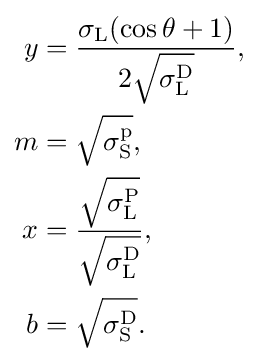
{\begin{aligned}y&={\frac {\sigma _{\text{L}}(\cos \theta +1)}{2{\sqrt {\sigma _{\text{L}}^{\text{D}}}}}},\\m&={\sqrt {\sigma _{\text{S}}^{\text{p}}}},\\x&={\frac {\sqrt {\sigma _{\text{L}}^{\text{P}}}}{\sqrt {\sigma _{\text{L}}^{\text{D}}}}},\\b&={\sqrt {\sigma _{\text{S}}^{\text{D}}}}.\end{aligned}}